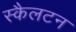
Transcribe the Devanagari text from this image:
स्कैलटन